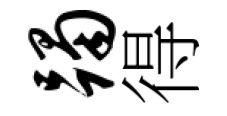
躅得